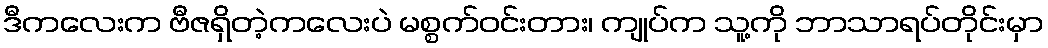
ဒီကလေးက ဗီဇရှိတဲ့ကလေးပဲ မစ္စက်ဝင်းတား၊ ကျုပ်က သူ့ကို ဘာသာရပ်တိုင်းမှာ